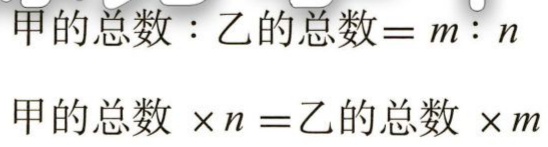
甲的总数 : 乙的总数 = m : n

甲的总数 \(\times n =\)乙的总数 \(\times m\)